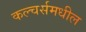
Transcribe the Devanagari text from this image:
कल्चर्समधील